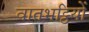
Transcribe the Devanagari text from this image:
वातभट्ठियों